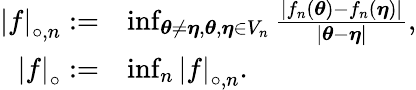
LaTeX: \begin{array}{rl}{\left\lvert f\right\rvert_{\circ,n}:=}&{\operatorname*{inf}_{{\boldsymbol{\theta}}\neq{\boldsymbol{\eta}},{\boldsymbol{\theta}},{\boldsymbol{\eta}}\in V_{n}}\frac{|f_{n}({\boldsymbol{\theta}})-f_{n}({\boldsymbol{\eta}})|}{|{\boldsymbol{\theta}}-{\boldsymbol{\eta}}|},}\\ {\left|f\right|_{\circ}:=}&{\operatorname*{inf}_{n}\left\lvert f\right\rvert_{\circ,n}.}\end{array}